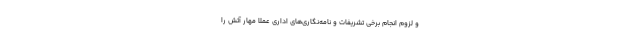
و لزوم انجام برخی تشریفات و نامه‌نگاری‌های اداری عملا مهار آتش را